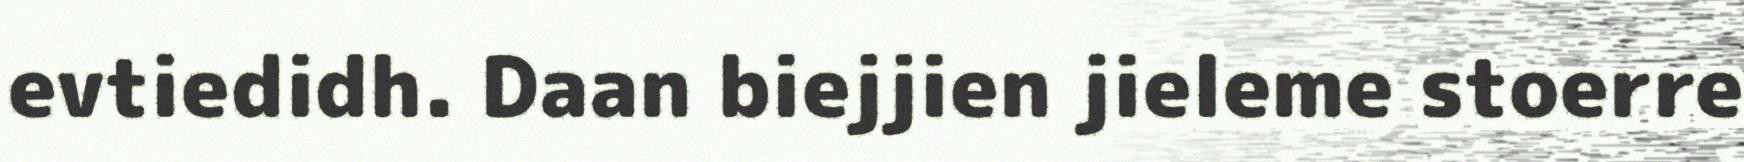
evtiedidh. Daan biejjien jieleme stoerre